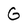
Character: G